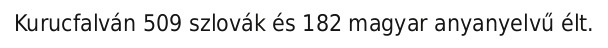
Kurucfalván 509 szlovák és 182 magyar anyanyelvű élt.